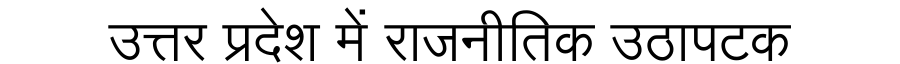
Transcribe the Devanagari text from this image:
उत्तर प्रदेश में राजनीतिक उठापटक